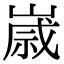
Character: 𡻕